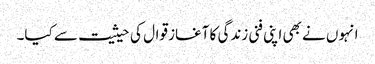
انہوں نے بھی اپنی فنی زندگی کا آغاز قوال کی حیثیت سے کیا۔